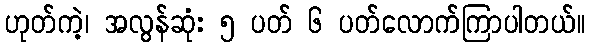
ဟုတ်ကဲ့၊ အလွန်ဆုံး ၅ ပတ် ၆ ပတ်လောက်ကြာပါတယ်။